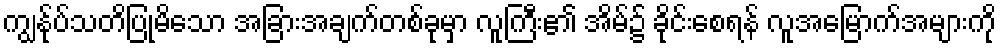
ကျွန်ုပ်သတိပြုမိသော အခြားအချက်တစ်ခုမှာ လူကြီး၏ အိမ်၌ ခိုင်းစေရန် လူအမြောက်အများကို